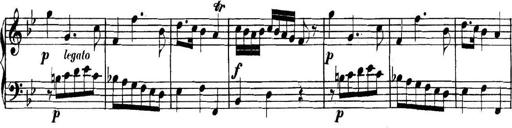
Title: Collected Piano Sonatas
Composer: Muzio Clementi